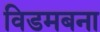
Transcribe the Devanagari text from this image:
विडमबना